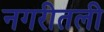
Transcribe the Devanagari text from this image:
नगरीतली